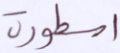
أسطورة